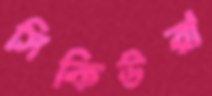
সিকিউরা